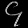
Digit: ၄